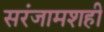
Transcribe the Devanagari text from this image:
सरंजामशही